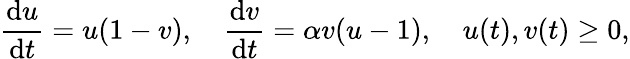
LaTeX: \frac{\mathrm{d}u}{\mathrm{d}t}=u(1-v),\quad\frac{\mathrm{d}v}{\mathrm{d}t}=\alpha v(u-1),\quad u(t),v(t)\geq 0,